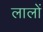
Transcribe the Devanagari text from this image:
लालों